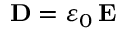
{ \bf D } = \varepsilon _ { 0 } \, { \bf E }